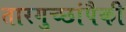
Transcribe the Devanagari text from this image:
तारगुच्छांपैकी